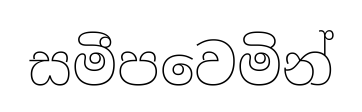
සමීපවෙමින්